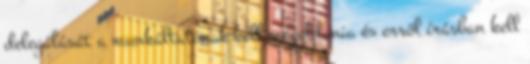
delegálását a munkáltatónak kell megoldania és erről írásban kell